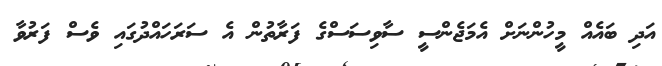
އަދި ބައެއް މީހުންނަށް އެމަޖެންސީ ސާވިސަސްގެ ފަރާތުން އެ ސަރަހައްދުގައި ވެސް ފަރުވާ